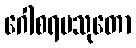
ဂေါစရပသုတော